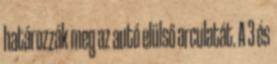
határozzák meg az autó elülső arculatát. A 3 és